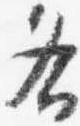
各